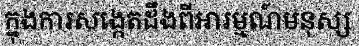
ក្នុងការសង្កេតដឹងពីអារម្មណ៍មនុស្ស